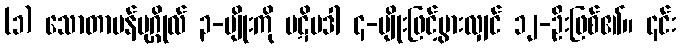
(၁) သောတာပန်ပုဂ္ဂိုလ် ၃-မျိုးကို ပဋိပဒါ ၄-မျိုးဖြင့်ပွားလျှင် ၁၂-ဦးဖြစ်၏။ ၎င်း